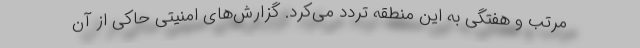
مرتب و هفتگی به این منطقه تردد می‌کرد. گزارش‌های امنیتی حاکی از آن